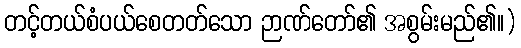
တင့်တယ်စံပယ်စေတတ်သော ဉာဏ်တော်၏ အစွမ်းမည်၏။)